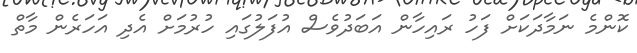
ކޮންމެ ނަމާދަކަށް ފަހު ރައިހާން އަބަދުވެސް އުފަލުގައި ހުރުމަށް އެދި އަހަރެން މާތް